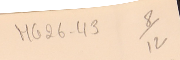
MG26-43   8/12